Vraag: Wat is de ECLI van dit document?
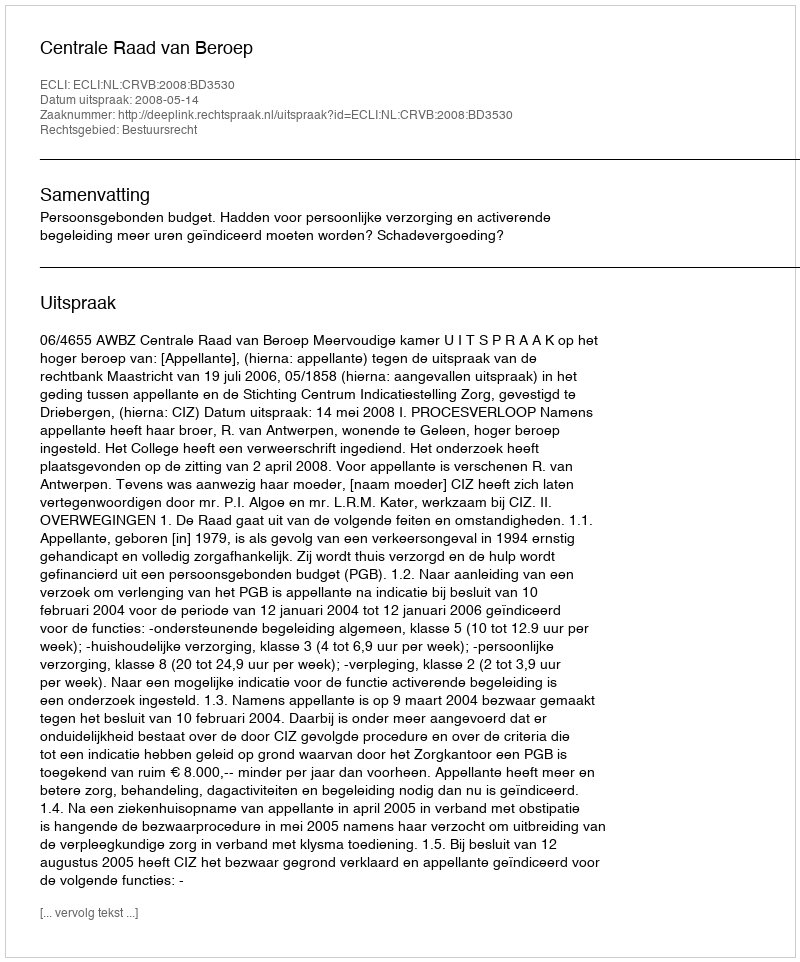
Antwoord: ECLI:NL:CRVB:2008:BD3530